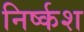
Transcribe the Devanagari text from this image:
निर्ष्कश